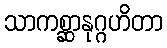
သာကစ္ဆာနုဂ္ဂဟိတာ